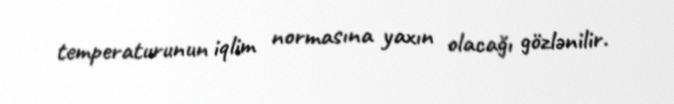
temperaturunun iqlim normasına yaxın olacağı gözlənilir.